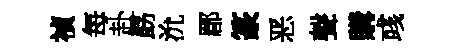
禎每赴勗沇郿篆恶聲購彧